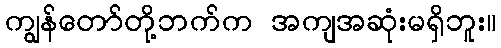
ကျွန်တော်တို့ဘက်က အကျအဆုံးမရှိဘူး။